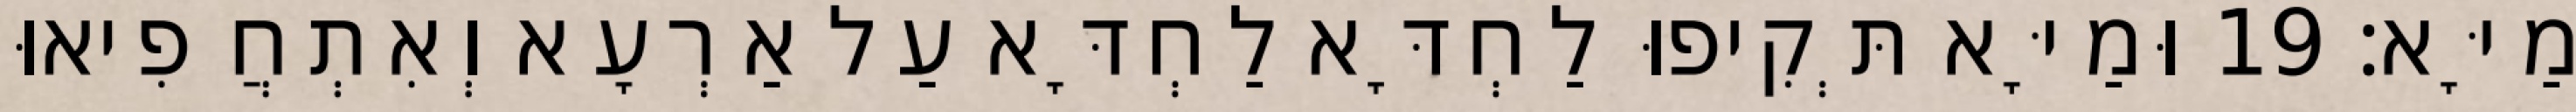
מַיָּא׃ 19 וּמַיָּא תְּקִיפוּ לַחְדָּא לַחְדָּא עַל אַרְעָא וְאִתְחֲפִיאוּ